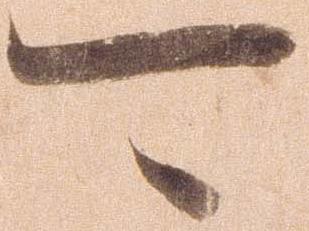
可